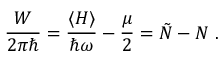
{ \frac { W } { 2 \pi \hbar } } = { \frac { \langle H \rangle } { \hbar \omega } } - { \frac { \mu } { 2 } } = \tilde { N } - N \ .